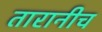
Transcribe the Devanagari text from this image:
तारानीच